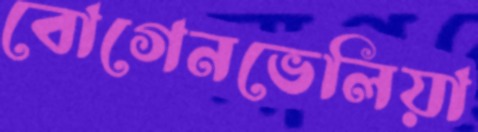
বোগেনভেলিয়া